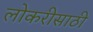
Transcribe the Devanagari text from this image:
लोकरीसाठी